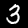
Digit: 3